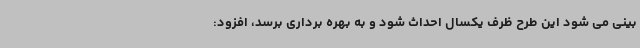
بینی می شود این طرح ظرف یکسال احداث شود و به بهره برداری برسد، افزود: